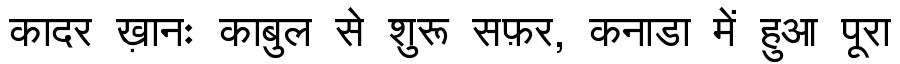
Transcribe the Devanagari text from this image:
कादर ख़ानः काबुल से शुरू सफ़र, कनाडा में हुआ पूरा